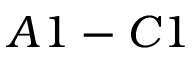
A 1 - C 1